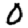
Digit: 0